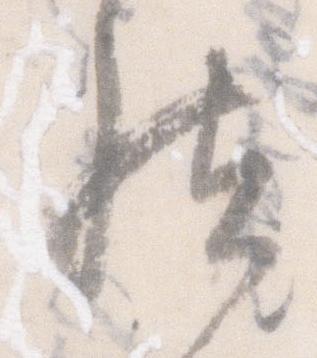
然